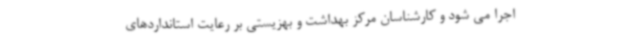
اجرا می شود و کارشناسان مرکز بهداشت و بهزیستی بر رعایت استانداردهای